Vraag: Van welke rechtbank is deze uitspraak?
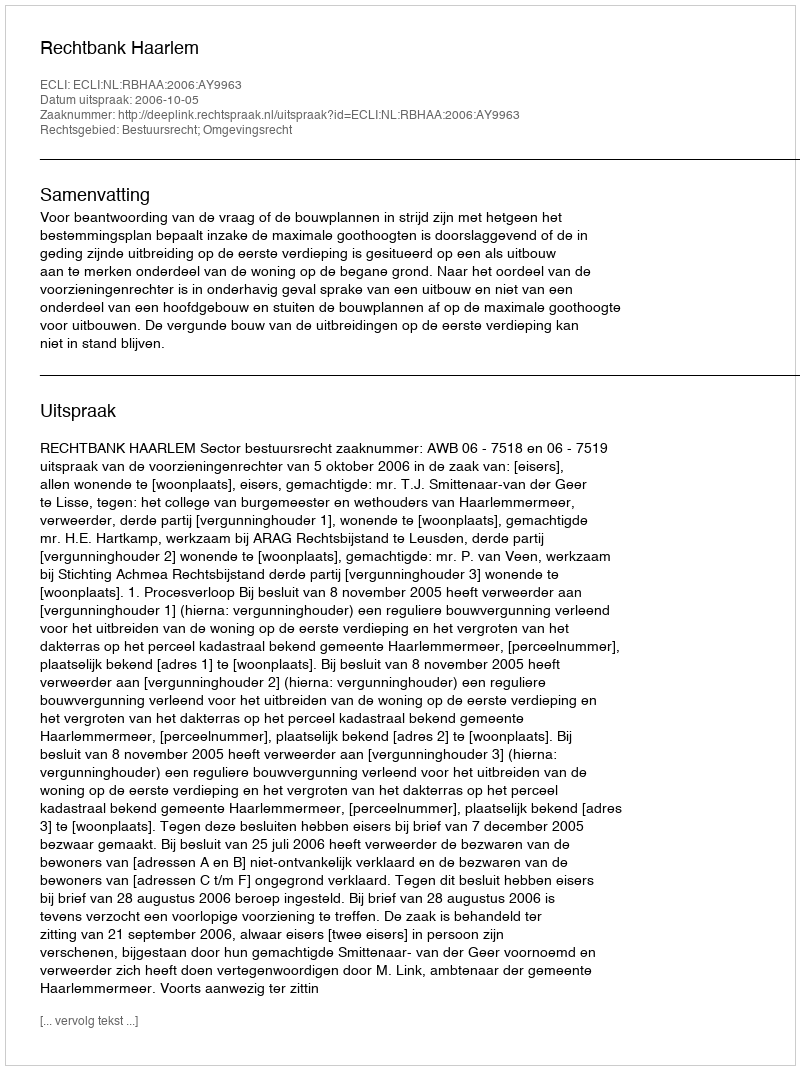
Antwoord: Rechtbank Haarlem